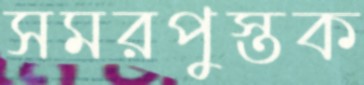
সমরপুস্তক